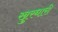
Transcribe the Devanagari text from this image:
खुरधारी